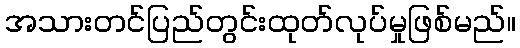
အသားတင်ပြည်တွင်းထုတ်လုပ်မှုဖြစ်မည်။